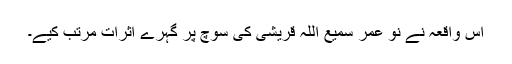
اس واقعہ نے نو عمر سمیع اللہ قریشی کی سوچ پر گہرے اثرات مرتب کیے۔